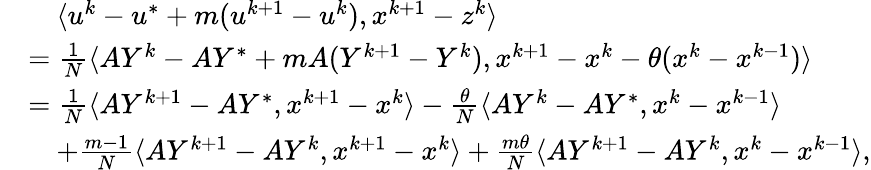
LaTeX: \begin{array}{rl}&{\quad\langle u^{k}-u^{*}+m(u^{k+1}-u^{k}),x^{k+1}-z^{k}\rangle}\\ &{=\frac{1}{N}\langle AY^{k}-AY^{*}+mA(Y^{k+1}-Y^{k}),x^{k+1}-x^{k}-\theta(x^{k}-x^{k-1})\rangle}\\ &{=\frac{1}{N}\langle AY^{k+1}-AY^{*},x^{k+1}-x^{k}\rangle-\frac{\theta}{N}\langle AY^{k}-AY^{*},x^{k}-x^{k-1}\rangle}\\ &{\quad+\frac{m-1}{N}\langle AY^{k+1}-AY^{k},x^{k+1}-x^{k}\rangle+\frac{m\theta}{N}\langle AY^{k+1}-AY^{k},x^{k}-x^{k-1}\rangle,}\end{array}